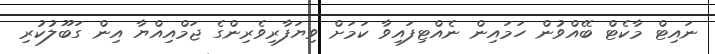
ނައިޓް މާކެޓް ބޭއްވުން ހަމައިން ނެއްޓިފައިވާ ކަމަށް ވިޔަފާރިވެރިންގެ ޖަމްއިއްޔާ އިން ގަބޫލުކުރި